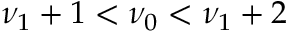
\nu _ { 1 } + 1 < \nu _ { 0 } < \nu _ { 1 } + 2